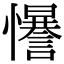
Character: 𢥑